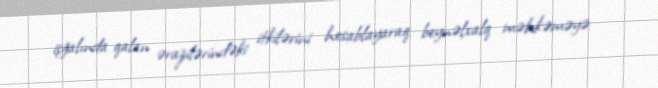
işğalında qalan ərazilərindəki itkilərini hesablayaraq beynəlxalq məhkəməyə